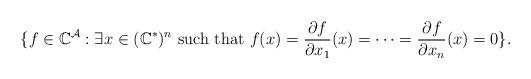
LaTeX: \begin{align*} \{f\in\mathbb{C}^{\mathcal A} : \exists x\in (\mathbb{C}^{\ast})^n \mbox{ such that } f(x) = \frac{\partial f}{\partial x_1}(x)=\cdots=\frac{\partial f}{\partial x_n}(x)=0\}. \end{align*}